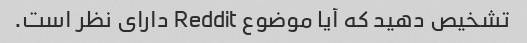
تشخیص دهید که آیا موضوع Reddit دارای نظر است.